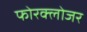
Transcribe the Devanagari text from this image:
फोरक्लोजर